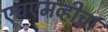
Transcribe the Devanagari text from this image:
एचएमव्हीचा